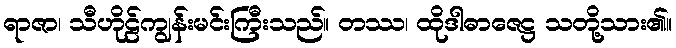
ရာဇာ၊ သီဟိုဠ်ကျွန်းမင်းကြီးသည်။ တဿ၊ ထိုဒါဓာဇေဋ္ဌ သတို့သား၏။